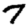
Digit: 7